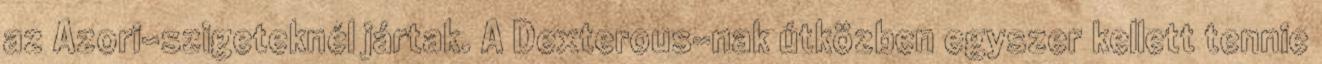
az Azori-szigeteknél jártak. A Dexterous-nak útközben egyszer kellett tennie